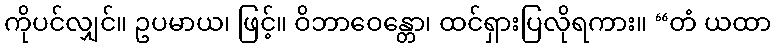
ကိုပင်လျှင်။ ဥပမာယ၊ ဖြင့်။ ဝိဘာဝေန္တော၊ ထင်ရှားပြလိုရကား။ “တံ ယထာ